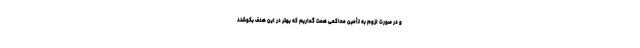
و در صورت لزوم به تأمین محاکمی همت گماریم که بهتر در این هدف بکوشند